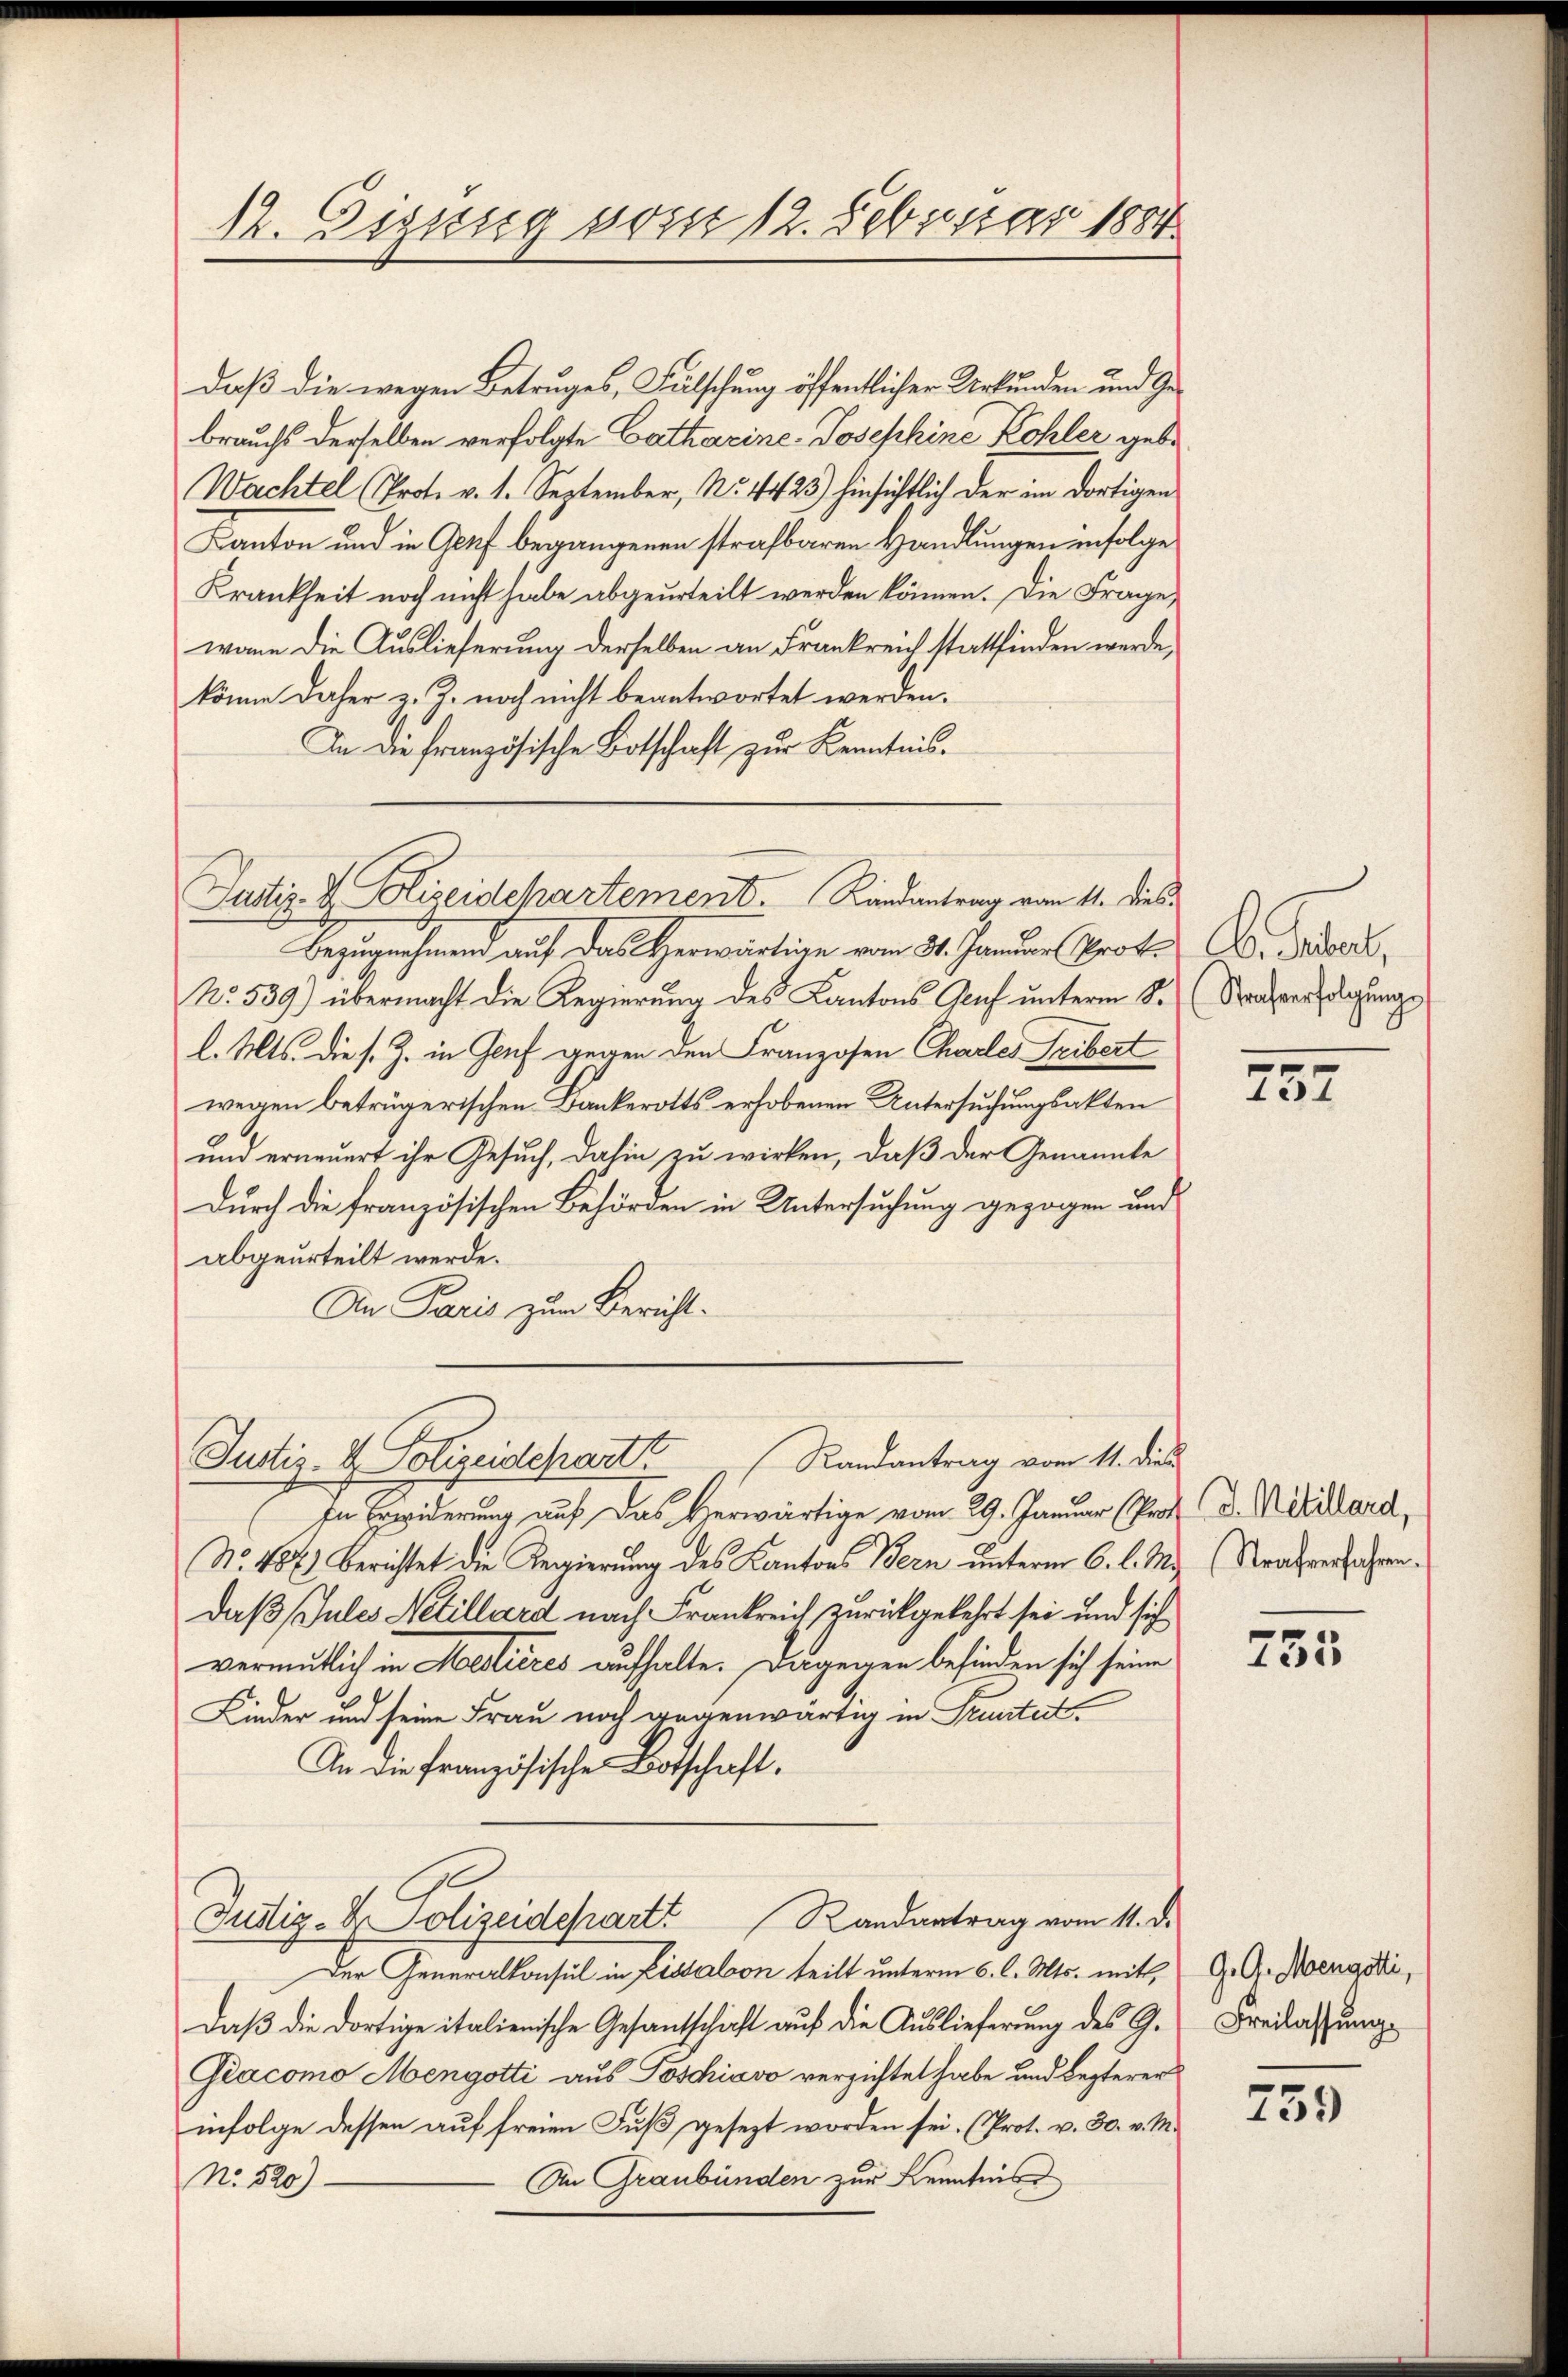
12. Digung vom 12. Februar 1884

daß die wegen Betruges, Fälschung öffentlicher Urkunden und Gebrauchs derselben verfolgte Catharine-Josephine Kohler, gebe
Wachtel (Prot. v. 1. September, No. 4425) hinsichtlich der im dortigen
Kanton und in Genf begangenen strafbaren Handlungen infolge
Krankheit noch nicht habe abgeurteilt werden können. Die Frage,
wann die Auslieferung derselben an Frankreich stattfinden werde.
könne daher z. Z. noch nicht beantwortet werden.
In die französische Botschaft zur Kenntnis¬
Bezugnehmend auf das Herwärtige vom 31. Januar Prof.
No. 539) übermacht die Regierung des Kantons Gruf unterm S.
l. Mts. die s. Z. in Genf gegen den Franzosen Chartes Tribert
wegen betrügerischen Bankerotts erhobenen Untersuchungsakten
und erneuert ihr Gesuch, dahin zu wirken, daß der Genannte
Durch die französischen Behörden in Untersuchung gezogen und
abgeurteilt werde.
An Paris zum Bericht.
Justiz- & Polizeidchartt Randantrag vom 11. dies
In Erwiderung auf das Herwärtige vom 29. Januar (Prof. D. Metallard,
No. 486) Berichtet die Regierung des Kantons Bern unterm 6. l. M., (Strafverfahrendaß Sules Netillard nach Frankreich zurückgekehrt sei und sich
vermutlich in Martieres aufhalte. Dagegen befinden sich seine
Kinder und seine Frau noch gegenwärtig in Truntert.
An die französische Botschaft.
Randantrag vom 11. d.
Justiz- & Polizeidepart
Der Generalkonsul in Lissabon teilt unterm 6. l. Mts. mit, G. A. Hoengodi,
daß die dortige italienische Gesandtschaft auf die Auslieferung des G. Freilassung
Giacomo Mengotti aus Poschiavo verzichtet habe und Lezterer
infolge dessen auf freien Fuß gesezt worden sei. (Prot. v. 30. v. M.
An Graubünden zur Kenntnis
No. 520)

Justiz- & Hizeidchartement. Kindantrag vom 11. dies

. Febert,
Strafverfolgŭngs

757

755

759